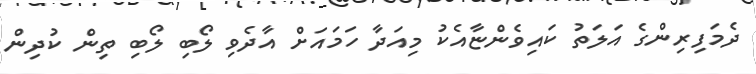
ދެމަފިރިންގެ އަލަތު ކައިވެންޏާއެކު މިއަދާ ހަމައަށް އާދެވި ލޯބި ލޯބި ތިން ކުދިން